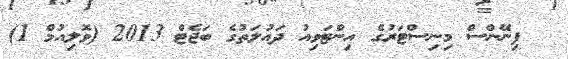
ފިނޭންސް މިނިސްޓަރުގެ އިންޓަވިއު ދައުލަތުގެ ބަޖެޓް 2013 (ވޮލިއުމް 1)